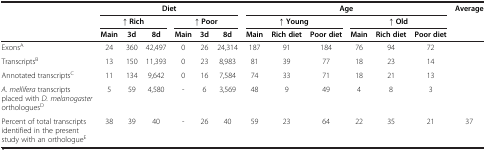
<table><thead><tr><td><b> </b></td><td colspan="6"><b>Diet</b></td><td colspan="6"><b>Age</b></td><td rowspan="2"><b>Average</b></td></tr><tr><td><b> </b></td><td colspan="3"><b>↑ Rich</b></td><td colspan="3"><b>↑ Poor</b></td><td colspan="3"><b>↑ Young</b></td><td colspan="3"><b>↑ Old</b></td></tr><tr><td><b> </b></td><td><b>Main</b></td><td><b>3d</b></td><td><b>8d</b></td><td><b>Main</b></td><td><b>3d</b></td><td><b>8d</b></td><td><b>Main</b></td><td><b>Rich diet</b></td><td><b>Poor diet</b></td><td><b>Main</b></td><td><b>Rich diet</b></td><td><b>Poor diet</b></td><td><b> </b></td></tr></thead><tbody><tr><td>Exons<sup>A</sup></td><td>24</td><td>360</td><td>42,497</td><td>0</td><td>26</td><td>24,314</td><td>187</td><td>91</td><td>184</td><td>76</td><td>94</td><td>72</td><td> </td></tr><tr><td>Transcripts<sup>B</sup></td><td>13</td><td>150</td><td>11,393</td><td>0</td><td>23</td><td>8,983</td><td>81</td><td>39</td><td>77</td><td>18</td><td>23</td><td>14</td><td> </td></tr><tr><td>Annotated transcripts<sup>C</sup></td><td>11</td><td>134</td><td>9,642</td><td>0</td><td>16</td><td>7,584</td><td>74</td><td>33</td><td>71</td><td>18</td><td>21</td><td>13</td><td> </td></tr><tr><td><i>A. mellifera</i> transcripts placed with <i>D. melanogaster</i> orthologues<sup>D</sup></td><td>5</td><td>59</td><td>4,580</td><td>-</td><td>6</td><td>3,569</td><td>48</td><td>9</td><td>49</td><td>4</td><td>8</td><td>3</td><td> </td></tr><tr><td>Percent of total transcripts identified in the present study with an orthologue<sup>E</sup></td><td>38</td><td>39</td><td>40</td><td>-</td><td>26</td><td>40</td><td>59</td><td>23</td><td>64</td><td>22</td><td>35</td><td>21</td><td>37</td></tr></tbody></table>